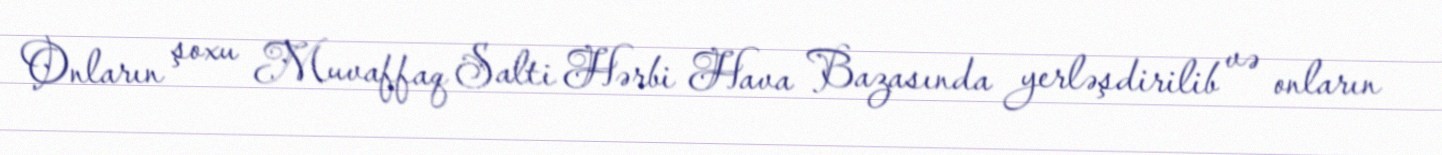
Onların şoxu Muvaffaq Salti Hərbi Hava Bazasında yerləşdirilib və onların